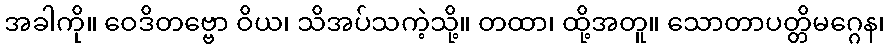
အခါကို။ ဝေဒိတဗ္ဗော ဝိယ၊ သိအပ်သကဲ့သို့။ တထာ၊ ထို့အတူ။ သောတာပတ္တိမဂ္ဂေန၊